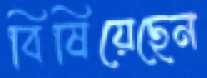
বিষিয়েছেন